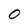
Character: 0